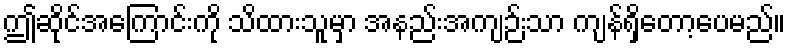
ဤဆိုင်အကြောင်းကို သိထားသူမှာ အနည်းအကျဉ်းသာ ကျန်ရှိတော့ပေမည်။